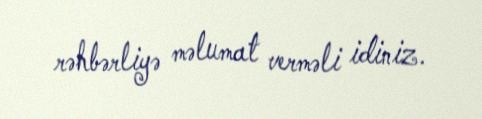
rəhbərliyə məlumat verməli idiniz.